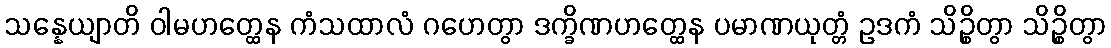
သန္နေယျာတိ ဝါမဟတ္ထေန ကံသထာလံ ဂဟေတွာ ဒက္ခိဏဟတ္ထေန ပမာဏယုတ္တံ ဥဒကံ သိဉ္စိတွာ သိဉ္စိတွာ